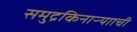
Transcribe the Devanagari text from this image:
समुद्रकिनाऱ्यााची